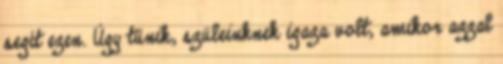
segít ezen. Úgy tűnik, szüleinknek igaza volt, amikor azzal